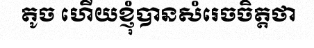
តូច ហើយខ្ញុំបានសំរេចចិត្តថា